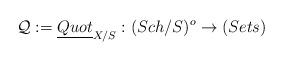
LaTeX: \begin{align*} \mathcal{Q}:= \underline{Quot}_{X/S}:(Sch/S)^{o}\rightarrow(Sets)\end{align*}